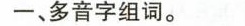
一、多音字组词。